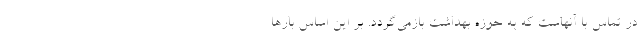
در تماس با آنهاست که به حوزه بهداشت بازمی‌گردد. بر این اساس بارها